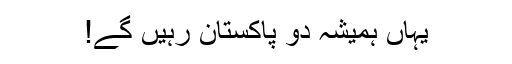
یہاں ہمیشہ دو پاکستان رہیں گے!